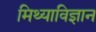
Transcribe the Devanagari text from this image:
मिथ्याविज्ञान